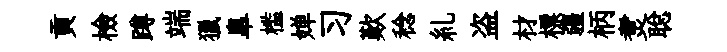
貢檢蹲端獵臯槛婵习歎稔糺盗材標疆柄煑聪